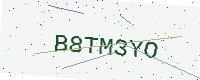
Text: B8TM3YO